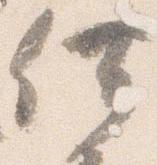
供